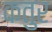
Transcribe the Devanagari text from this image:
कतुर